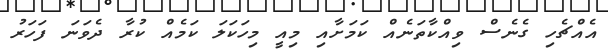
އެއްޗެހި ގެނެސް ވިއްކާތަނެއް ކަމަށާއި މިއީ މިހަކަލަ ކަމެއް ކުރާ ދެވަނަ ފަހަރު